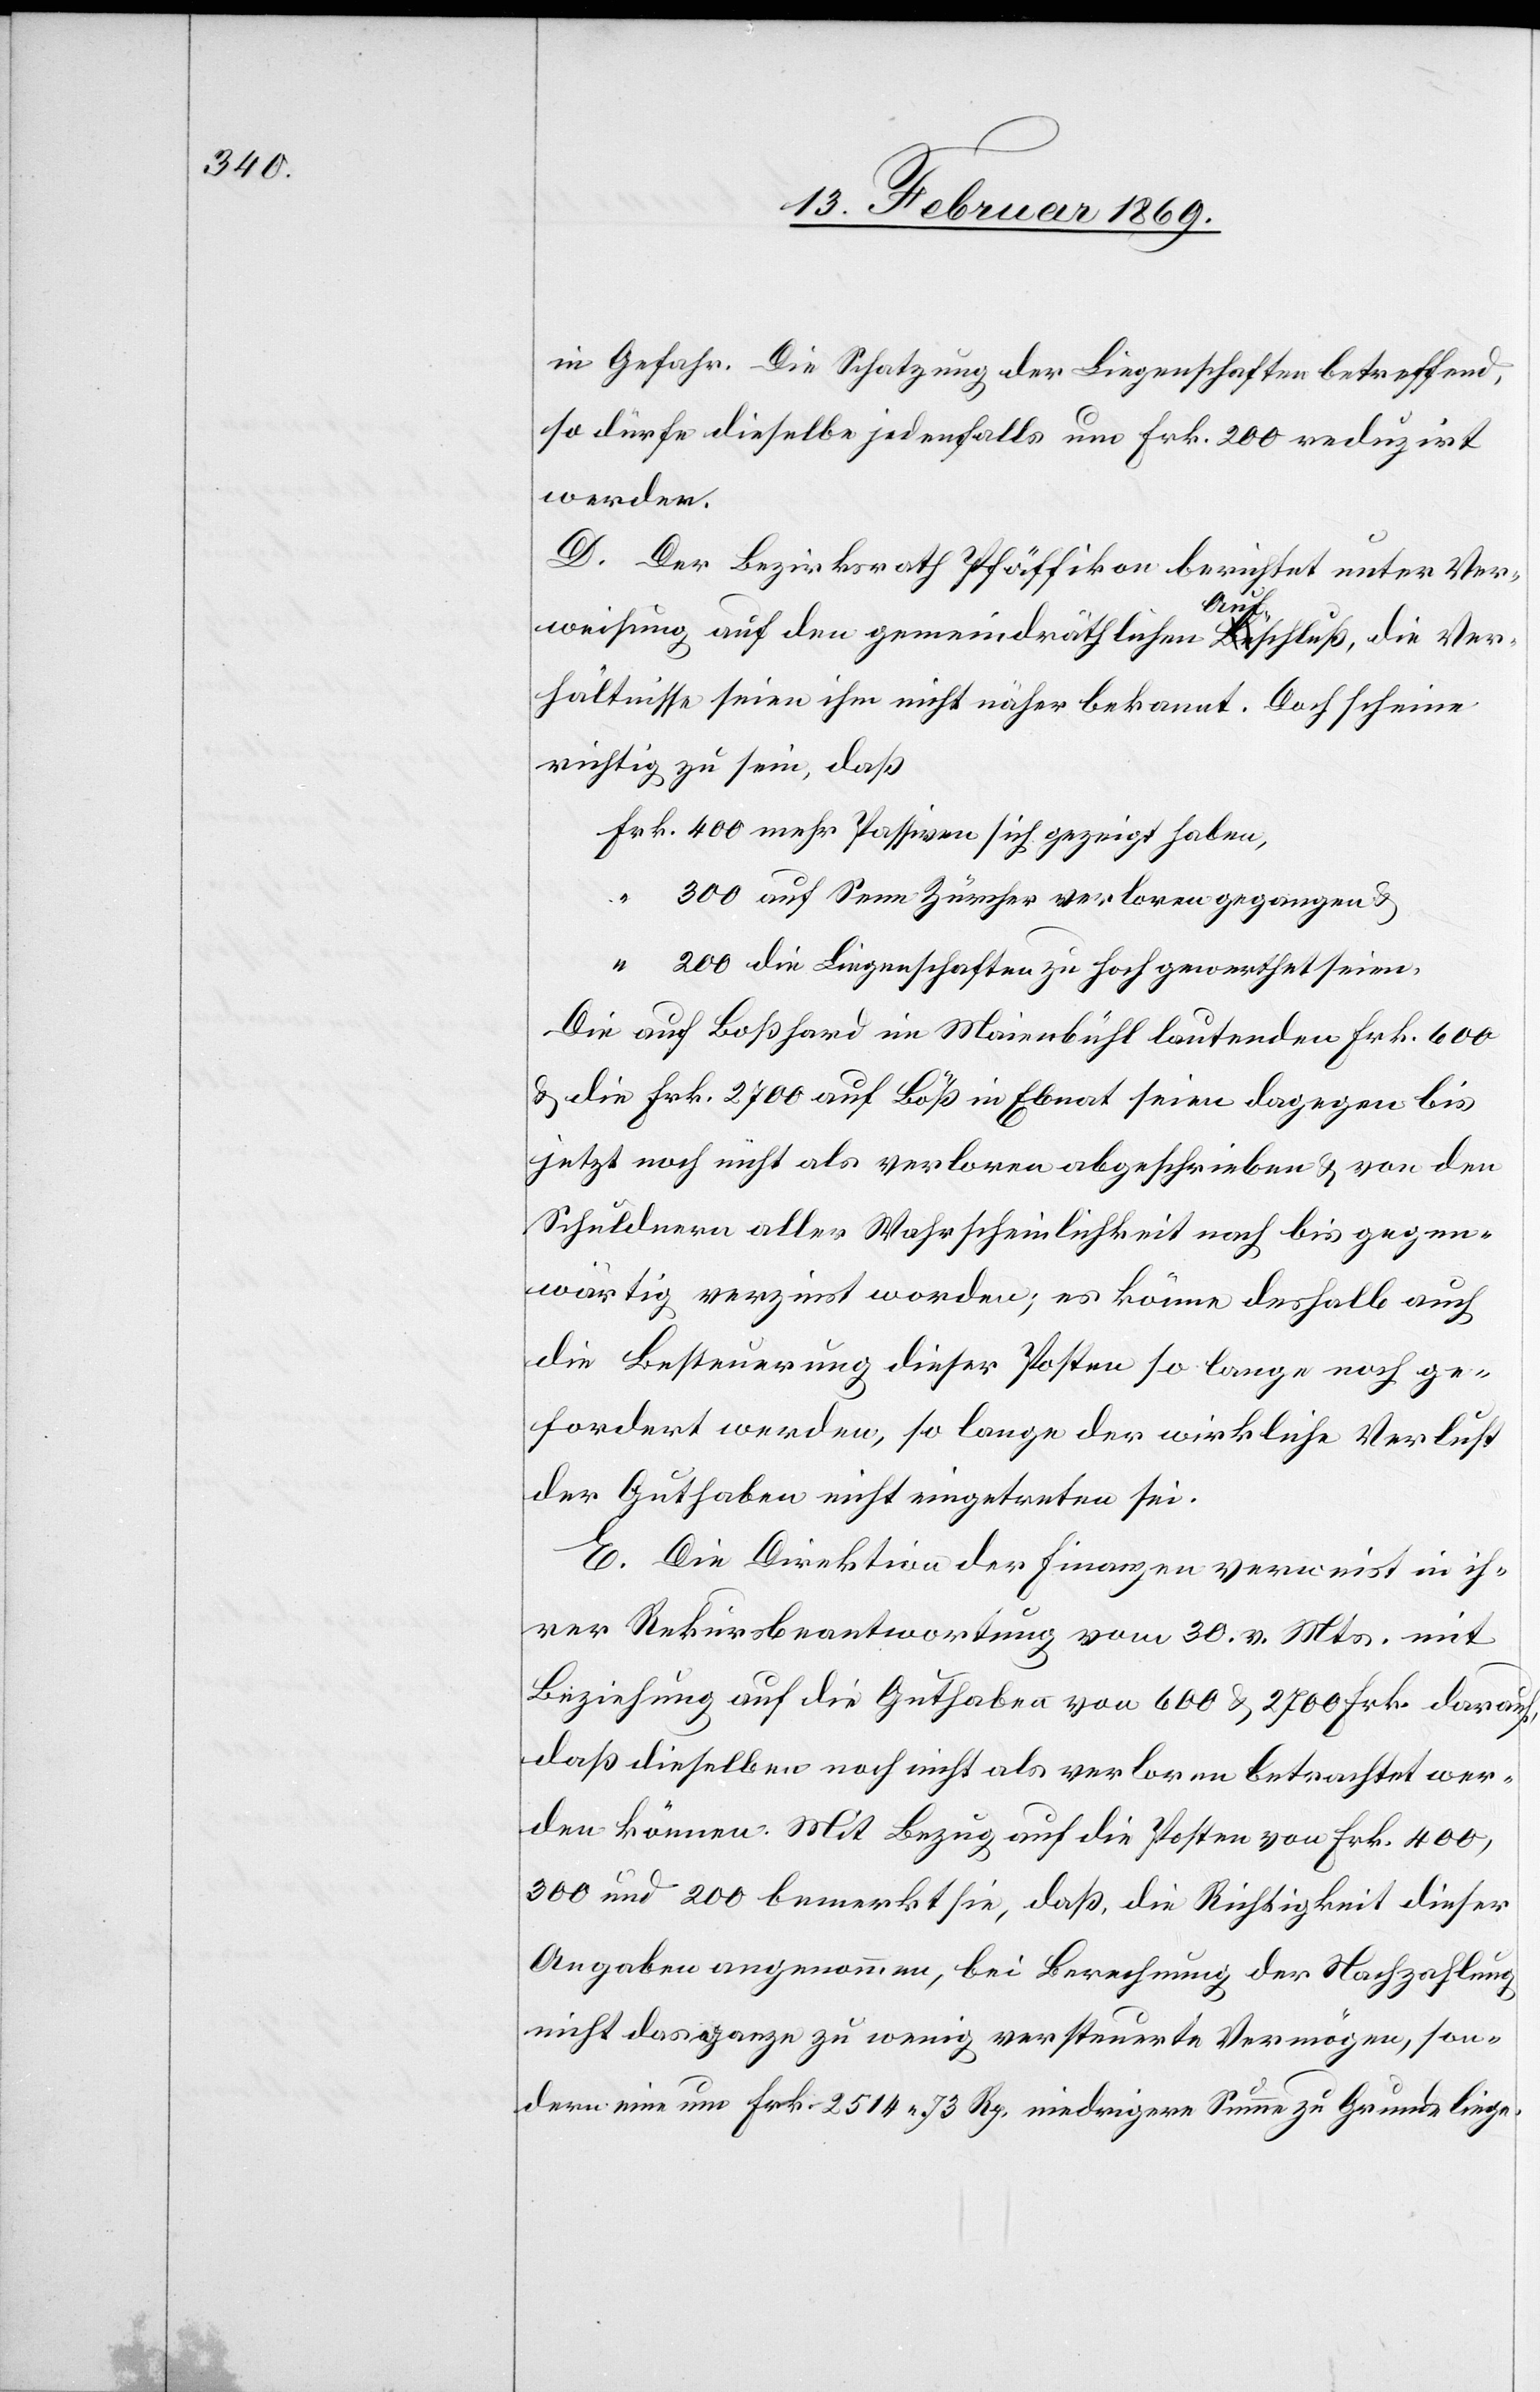
in Gefahr. Die Schatzung der Liegenschaften betreffend,
so dürfe dieselbe jedenfalls um Frk. 200 reduzirt
werden.
D. Der Bezirksrath Pfäffikon berichtet unter Ver¬
weisung, auf den gemeindräthlichen Aufschluß, die Ver¬
hältnisse seien ihm nicht näher bekannt. Doch scheine
richtig zu sein, daß
Frk. 400 mehr Passiven sich gezeigt haben,
“	300 auf Senn Züricher verloren gegangen u.
“	200 die Liegenschaften zu hoch gewerthet seien.
Die auf Boßhard im Maienbühl lautenden Frk. 600
u. die Frk. 2700 auf Böß in Ebnat seien dagegen bis
jetzt noch nicht als verloren abgeschrieben u. von den
Schuldnern aller Wahrscheinlichkeit nach bis gegen¬
wärtig verzinst worden, es könne deshalb auch
die Besteuerung dieser Posten so lange noch ge¬
fordert werden, so lange der wirkliche Verlust
der Guthaben nicht eingetreten sei.
E. Die Direktion der Finanzen verweist in ih¬
rer Rekursbeantwortung vom 30. v. Mts. mit
Beziehung auf die Guthaben von 600 u. 2700 Frk. darauf,
daß dieselben noch nicht als verloren betrachtet wer¬
den können. Mit Bezug auf die Posten von Frk. 400,
300 und 200 bemerkt sie, daß die Richtigkeit dieser
Angaben angenommen, bei Berechnung der Nachzahlung
nicht das ganze zu wenig versteuerte Vermögen, son¬
dern eine um Frk. 2514.73 Rp. niedrigere Summe zu Grunde liege.